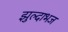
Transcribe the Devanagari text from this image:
झुल्दाभज